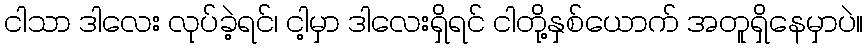
ငါသာ ဒါလေး လုပ်ခဲ့ရင်၊ ငါ့မှာ ဒါလေးရှိရင် ငါတို့နှစ်ယောက် အတူရှိနေမှာပဲ။